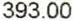
393.00